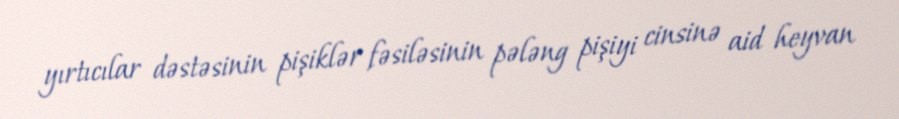
yırtıcılar dəstəsinin pişiklər fəsiləsinin pələng pişiyi cinsinə aid heyvan